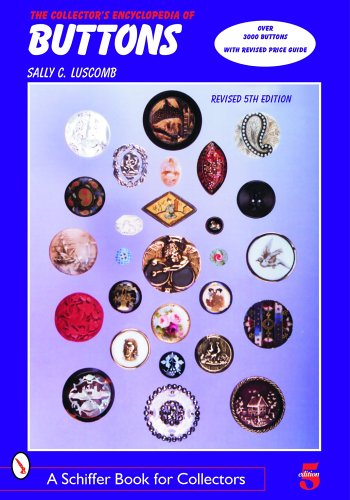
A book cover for The Collector's Encyclopedia of Buttons (Schiffer Book for Collectors Series); Sally C. Luscomb; Crafts, Hobbies & Home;